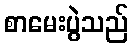
စာမေးပွဲသည်